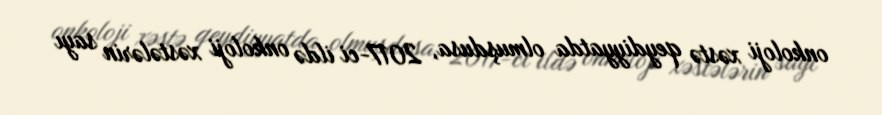
onkoloji xəstə qeydiyyatda olmuşdusa, 2017-ci ildə onkoloji xəstələrin sayı